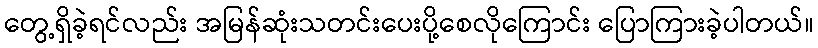
တွေ့ရှိခဲ့ရင်လည်း အမြန်ဆုံးသတင်းပေးပို့စေလိုကြောင်း ပြောကြားခဲ့ပါတယ်။